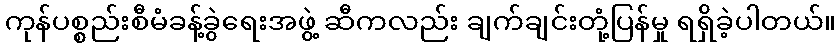
ကုန်ပစ္စည်းစီမံခန့်ခွဲရေးအဖွဲ့ ဆီကလည်း ချက်ချင်းတုံ့ပြန်မှု ရရှိခဲ့ပါတယ်။